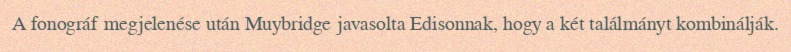
A fonográf megjelenése után Muybridge javasolta Edisonnak, hogy a két találmányt kombinálják.